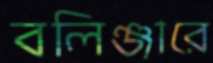
বলিঞ্জারে